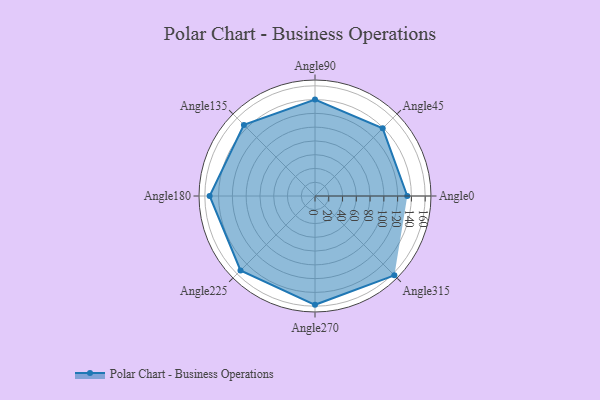
{"axis": {"x": "Angle", "y": "Radius"}, "legend": [""], "data": [{"x": "Angle0", "y": 134.0, "type": ""}, {"x": "Angle45", "y": 139.0, "type": ""}, {"x": "Angle90", "y": 140.0, "type": ""}, {"x": "Angle135", "y": 146.0, "type": ""}, {"x": "Angle180", "y": 153.0, "type": ""}, {"x": "Angle225", "y": 153.0, "type": ""}, {"x": "Angle270", "y": 158.0, "type": ""}, {"x": "Angle315", "y": 163.0, "type": ""}]}